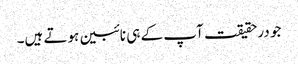
جو درحقیقت آپ کے ہی نائبین ہوتے ہیں۔